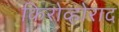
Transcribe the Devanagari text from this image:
किरोव्होराद